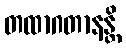
တထာဂတာနန္တိ